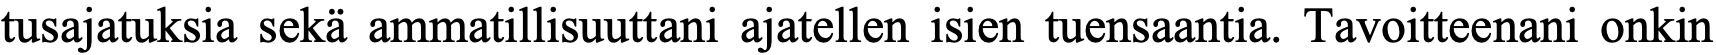
tusajatuksia sekä ammatillisuuttani ajatellen isien tuensaantia. Tavoitteenani onkin